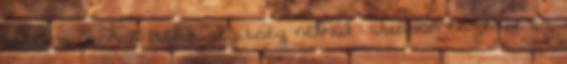
halálra vannak ítélve segítség nélkül : Jusson eszedbe ez